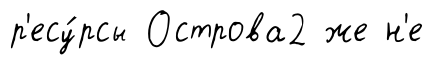
р'есу́рсы Острова2 же н'е